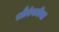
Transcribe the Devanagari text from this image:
औरंगजेबा